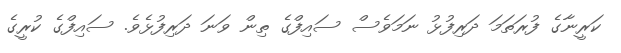
ކަރީނާގެ ފުރަތަމަ ދަރިފުޅު ނަމަވެސް ސައިފްގެ ތިން ވަނަ ދަރިފުޅެވެ. ސައިފްގެ ކުރީގެ